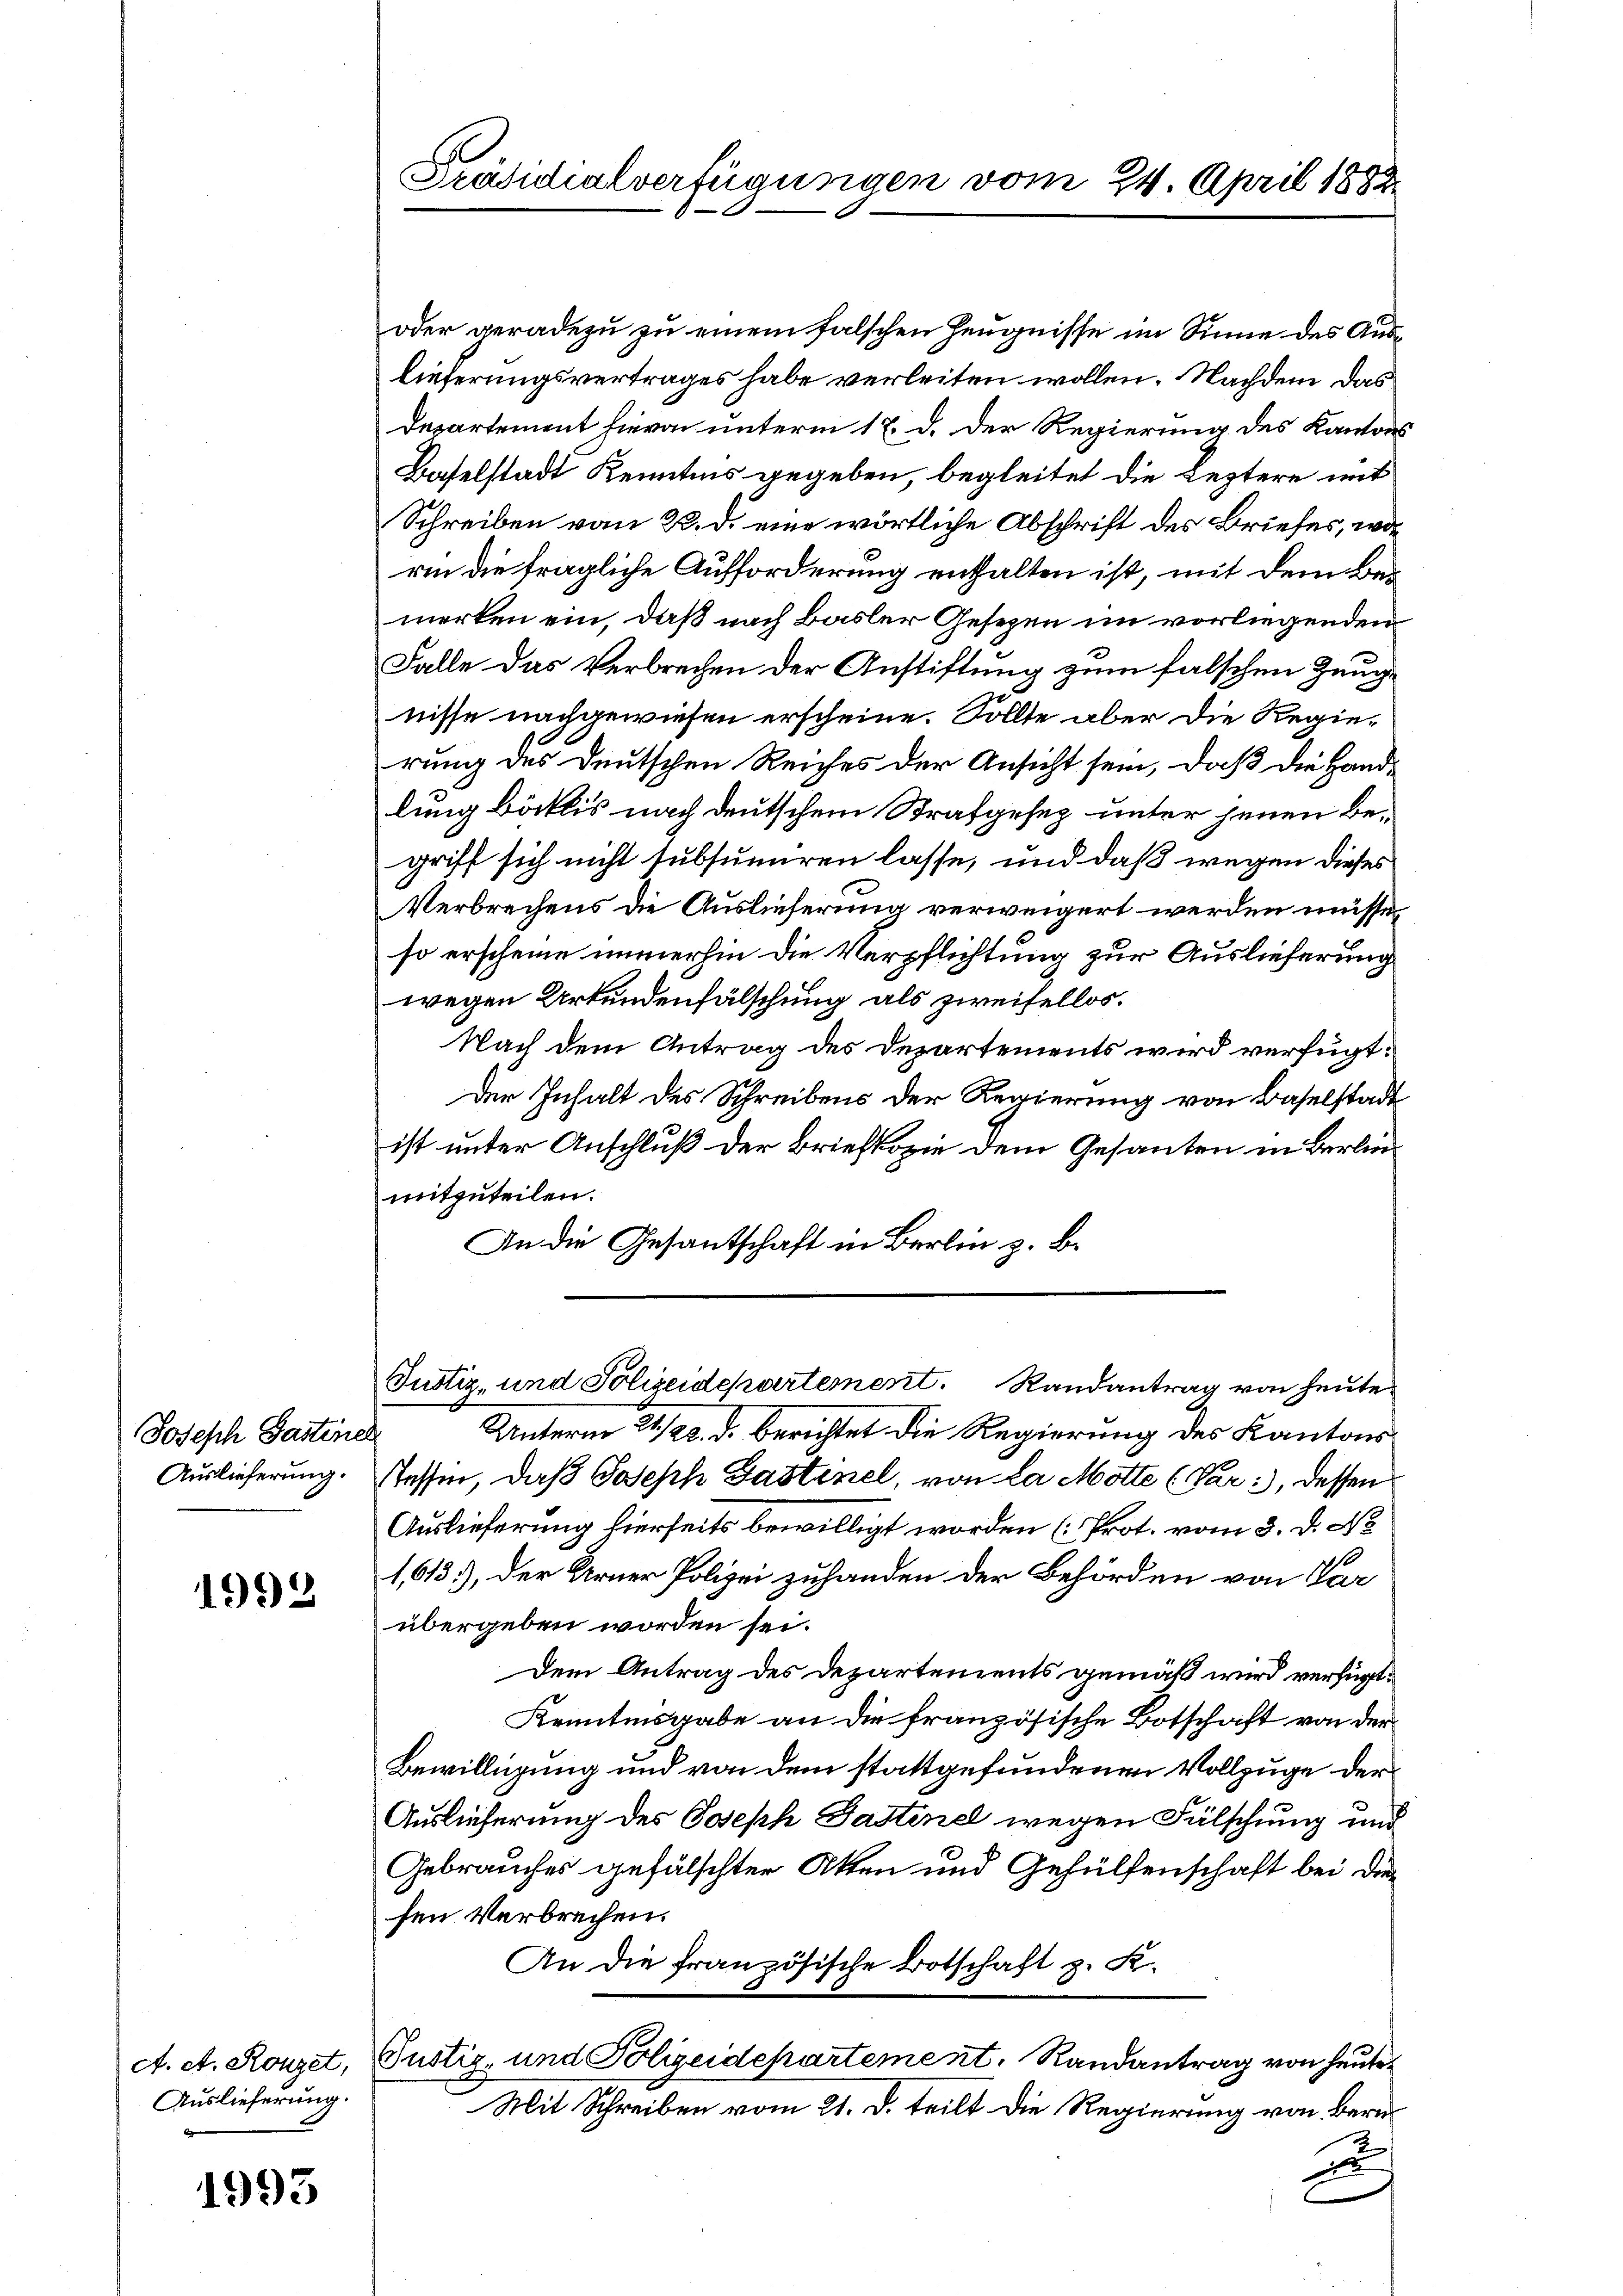
Joseph Gastine
Auslieferung.

1998

A. et. Rouzet,
Auslieferung.

1993

Präsidialverfügungen vom 24. April 1882.

oder geradezu zu einem falschen Zeugnisse im Sinne des Auslieferungsvertrages habe verleiten wollen. Nachdem das
Departement hievon unterm 17. d. der Regierung des Kantons
Baselstadt Kenntnis gegeben, begleitet die Leztere mit
Schreiben vom 22. d. eine wörtliche Abschrift des Briefes, worin die fragliche Aufforderung enthalten ist, mit dem Bemerken ein, daß nach Basler Gesezen im vorliegenden
Falle das Verbrechen der Anstiftung zum falschen Zeugnisse nachgewiesen erscheine. Sollte aber die Regierung des Deutschen Reiches der Ansicht sein, daß die Handlung bätlis nach deutschem Strafgesez unter jenen Begriff sich nicht subsumiren lasse, und daß wegen dieses
Verbrechens die Auslieferung verweigert werden müsse,
so erscheine immerhin die Verpflichtung zur Auslieferung
wegen Urkundenfälschung als zweifellos.
Nach dem Antrag des Departements wird verfügt:
Der Inhalt des Schreibens der Regierung von Baselstadt
ist unter Anschluß der Briefkopie dem Gesanten in Berlinmitzuteilen.
An die Gesantschaft in Berlin z. B.
Justiz- und Polizeidepartement. Randantrag von heute
Unterm 21./22. d. berichtet die Regierung des Kantons
stessen, daß Joseph Gastinel, von la Motte (Var:, dessen
Auslieferung hierseits bewilligt worden (Prot. vom 3. d. No
1,613), der Kerner Polizei zuhanden der Behörden von Par
übergeben worden sei.
Dem Antrag des Departements gemäß wird verfügt.
Kenntnisgabe an die französische Botschaft von der
Bewilligung und von dem stattgefundenen Vollzuge der
Auslieferung des Joseph Fastenel wegen Fälschung und
Gebrauches gefälschter Atten und Gehülfenschaft bei die
sen Verbrechen.
An die französische Botschaft z. K.
Justiz- und Polizeidepartement. Randantrag von heute
Mit Schreiben vom 21. d. teilt die Regierung von bere
E